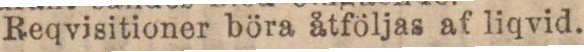
Reqvisitioner böra åtföljas af liqvid.